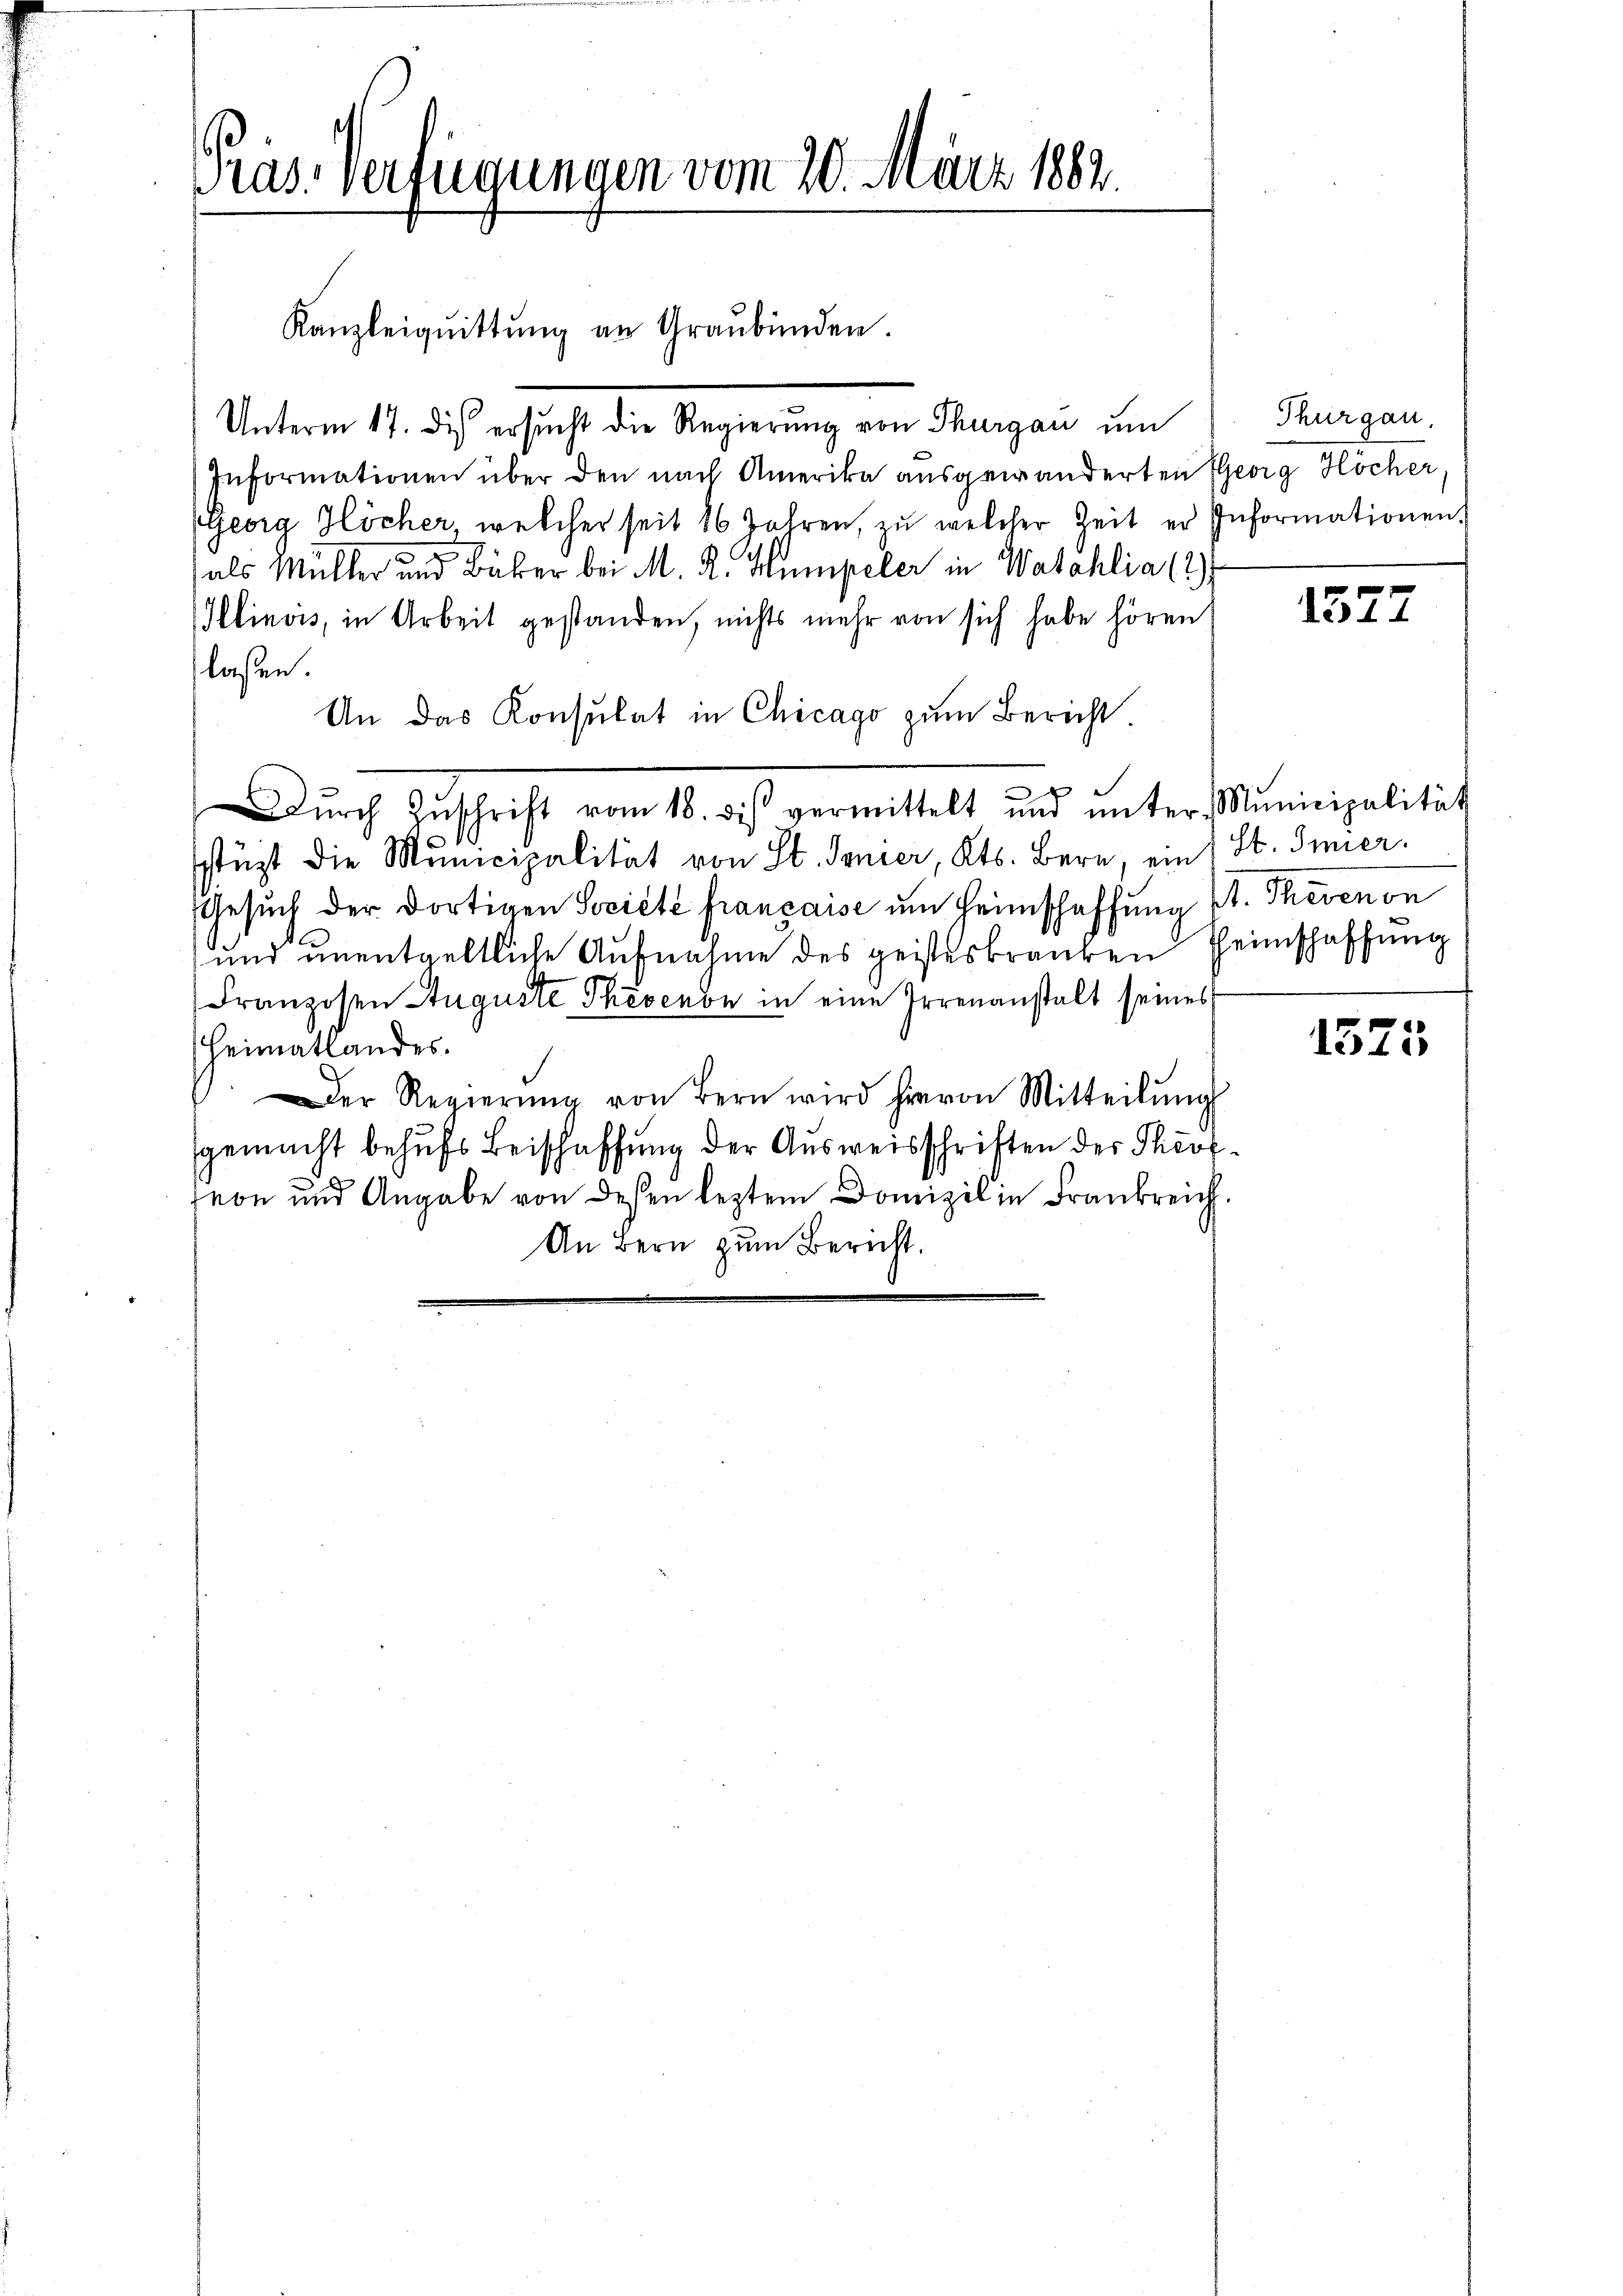
Pras. verfügungen vom 20. März 1882.

Kanzleiqŭittŭng an Graubünden.

Unterm 17. dis ersucht die Regierung von Thurgau um
Informationen über den nach Amerika ausgewanderten Georg Höcher,
Geora Höcher, welcher seit 16 Jahren, zu welcher Zeit er Informationen,
als Müller und Bäber bei M. R. Humpeler in Watahlia (2
Illinois, in Arbeit gestanden, nichts mehr von sich habe hören
laßen.
An das Konsulat in Chicago zum Bericht.
dŭrch Zŭschrift vom 18. des vermittelt und ŭnter Municipalität
stüzt die Municipalität von St. Genier, Kts. Bern, ein St. Inner.
Gesŭch der dortigen Société française im Heimschaffung Kt. Thevenon
und unentgeltliche Aufnahme des geisteskranken Heimschaffung
Franzosen Auguste Thevenow in eine Irrenanstalt seines
Heimatlandes.
Der Regierŭng von Bern wird hievon Mitteilŭng
gemacht behufs Beischaffung der Ausweisschriften des Theofeon und Angabe von dessen leztem Domizil in Frankreich.
An Bern zum Bericht.

Thurgau.

1577

1375